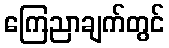
ကြေညာချက်တွင်